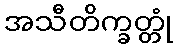
အသီတိက္ခတ္တုံ